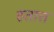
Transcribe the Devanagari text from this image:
हतात्त